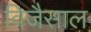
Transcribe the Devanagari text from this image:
विजैसाल